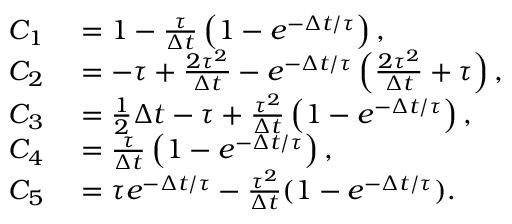
\begin{array} { r l } { C _ { 1 } } & { { } = 1 - \frac { \tau } { \Delta t } \left( 1 - e ^ { - \Delta t / \tau } \right) , } \\ { C _ { 2 } } & { { } = - \tau + \frac { 2 \tau ^ { 2 } } { \Delta t } - e ^ { - \Delta t / \tau } \left( \frac { 2 \tau ^ { 2 } } { \Delta t } + \tau \right) , } \\ { C _ { 3 } } & { { } = \frac 1 2 \Delta t - \tau + \frac { \tau ^ { 2 } } { \Delta t } \left( 1 - e ^ { - \Delta t / \tau } \right) , } \\ { C _ { 4 } } & { { } = \frac { \tau } { \Delta t } \left( 1 - e ^ { - \Delta t / \tau } \right) , } \\ { C _ { 5 } } & { { } = \tau e ^ { - \Delta t / \tau } - \frac { \tau ^ { 2 } } { \Delta t } ( 1 - e ^ { - \Delta t / \tau } ) . } \end{array}